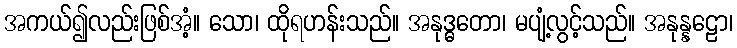
အကယ်၍လည်းဖြစ်အံ့။ သော၊ ထိုရဟန်းသည်။ အနုဒ္ဓတော၊ မပျံ့လွင့်သည်။ အနုန္နဠော၊